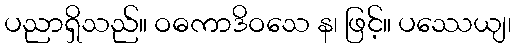
ပညာရှိသည်။ ဝဓကာဒိဝသေ န၊ ဖြင့်။ ပဿေယျ၊